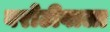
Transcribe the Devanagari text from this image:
बरोटीवाला